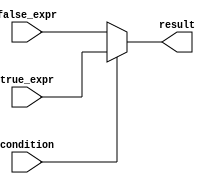
module conditional_operator (
    input wire condition,
    input wire [7:0] true_expr,
    input wire [7:0] false_expr,
    output reg [7:0] result
);

always @(*) begin
    result = condition ? true_expr : false_expr;
end

endmodule